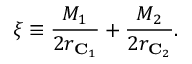
\xi \equiv \frac { M _ { 1 } } { 2 r _ { { \bf C } _ { 1 } } } + \frac { M _ { 2 } } { 2 r _ { { \bf C } _ { 2 } } } .